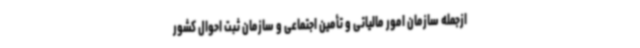
ازجمله سازمان امور مالیاتی و تأمین اجتماعی و سازمان ثبت احوال کشور